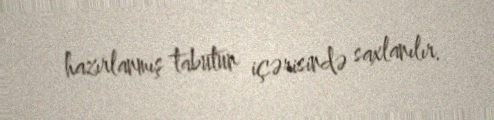
hazırlanmış tabutun içərisində saxlanılır.